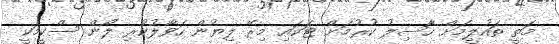
މަތީ ތައުލީމަށް ހާސިލު ކުރުމަށް ޓަކައި މިރޭ ލިޔުން ހަވާލުކުރި ލޯން ސްކީމަކީ